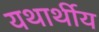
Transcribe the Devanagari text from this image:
यथार्थीय